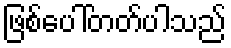
ဖြစ်ပေါ်တတ်ပါသည်